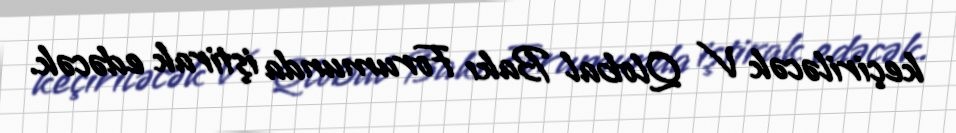
keçiriləcək V Qlobal Bakı Forumunda iştirak edəcək.